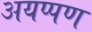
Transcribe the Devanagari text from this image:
अयप्पण